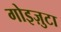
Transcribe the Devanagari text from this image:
गोइज़ुटा